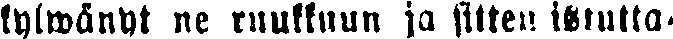
kylwänyt ne ruukkuun ja sitten istutta-